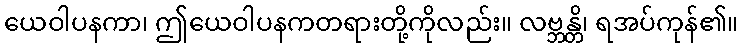
ယေဝါပနကာ၊ ဤယေဝါပနကတရားတို့ကိုလည်း။ လဗ္ဘန္တိ၊ ရအပ်ကုန်၏။